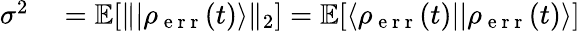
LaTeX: \begin{array}{rl}{\sigma^{2}}&{{}=\mathbb{E}[\| |\rho_{\mathrm{~e~r~r~}}(t)\rangle\| _{2}]=\mathbb{E}[\langle\rho_{\mathrm{~e~r~r~}}(t)||\rho_{\mathrm{~e~r~r~}}(t)\rangle]}\end{array}